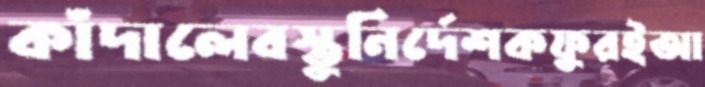
কাঁদালেবস্তুনির্দেশকফুরইআ